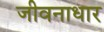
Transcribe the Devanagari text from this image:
जीवनाधार